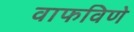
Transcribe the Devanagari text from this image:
वाफविणे